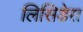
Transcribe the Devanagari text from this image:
लिसिडेस